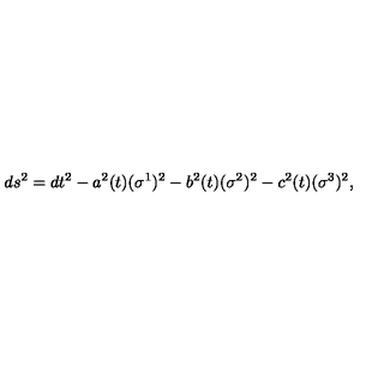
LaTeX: d s ^ { 2 } = d t ^ { 2 } - a ^ { 2 } ( t ) ( \sigma ^ { 1 } ) ^ { 2 } - b ^ { 2 } ( t ) ( \sigma ^ { 2 } ) ^ { 2 } - c ^ { 2 } ( t ) ( \sigma ^ { 3 } ) ^ { 2 } ,